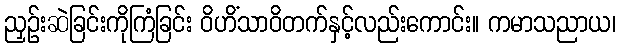
ညှဉ်းဆဲခြင်းကိုကြံခြင်း ဝိဟိံသာဝိတက်နှင့်လည်းကောင်း။ ကမာသညာယ၊